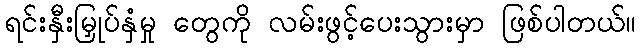
ရင်းနှီးမြှုပ်နှံမှု တွေကို လမ်းဖွင့်ပေးသွားမှာ ဖြစ်ပါတယ်။